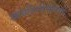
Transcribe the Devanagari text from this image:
स्वमतिपरिणामावधि